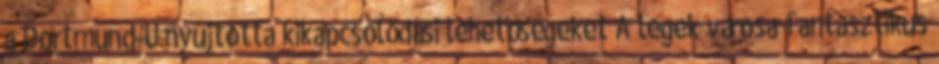
a Dortmund-U nyújtotta kikapcsolódási lehetőségeket A legek városa fantasztikus